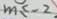
m \leq - 2